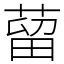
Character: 蒥